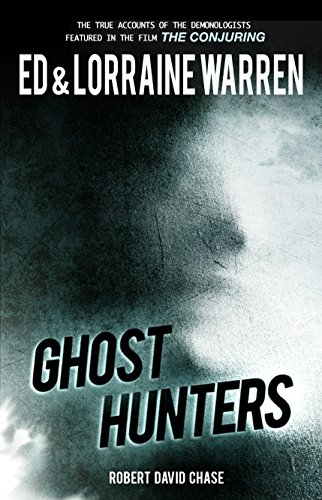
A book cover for Ghost Hunters: True Stories from the World's Most Famous Demonologists; Ed Warren; Religion & Spirituality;